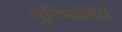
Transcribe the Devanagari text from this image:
युनिफॉर्मिटी